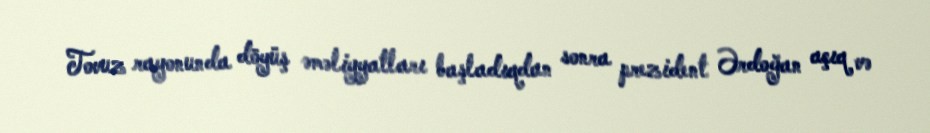
Tovuz rayonunda döyüş əməliyyatları başladıqdan sonra prezident Ərdoğan açıq və